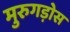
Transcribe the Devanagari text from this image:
मुरुगड़ोस